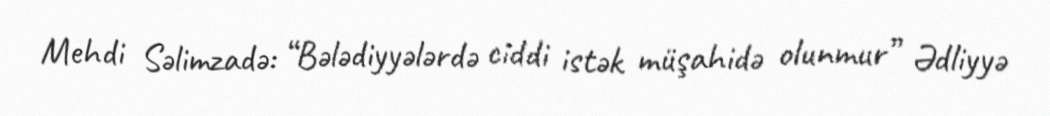
Mehdi Səlimzadə: “Bələdiyyələrdə ciddi istək müşahidə olunmur” Ədliyyə